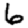
Digit: 6